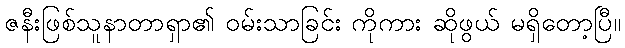
ဇနီးဖြစ်သူနာတာရှာ၏ ဝမ်းသာခြင်း ကိုကား ဆိုဖွယ် မရှိတော့ပြီ။